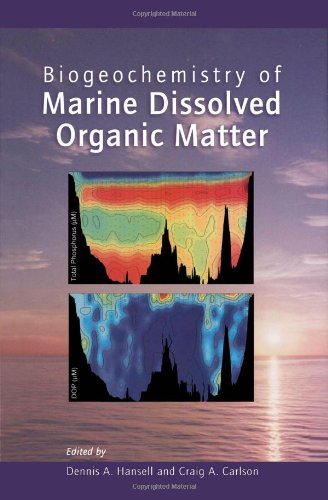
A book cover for Biogeochemistry of Marine Dissolved Organic Matter; Science & Math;